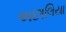
અછાલિયા